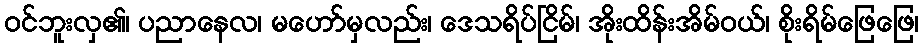
ဝင်ဘူးလှ၏၊ ပညာနေလ၊ မဟော်မှလည်း၊ ဒေသရိပ်ငြိမ်၊ အိုးထိန်းအိမ်ဝယ်၊ စိုးရိမ်ဖြေဖြေ၊